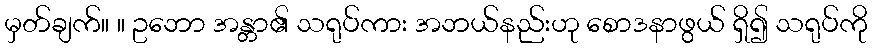
မှတ်ချက်။ ။ ဥဘော အန္တာ၏ သရုပ်ကား အဘယ်နည်းဟု စောဒနာဖွယ် ရှိ၍ သရုပ်ကို